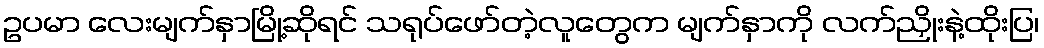
ဥပမာ လေးမျက်နှာမြို့ဆိုရင် သရုပ်ဖော်တဲ့လူတွေက မျက်နှာကို လက်ညှိုးနဲ့ထိုးပြ၊